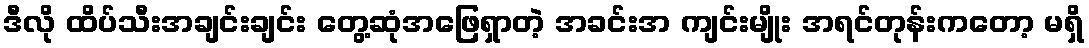
ဒီလို ထိပ်သီးအချင်းချင်း တွေ့ဆုံအဖြေရှာတဲ့ အခင်းအ ကျင်းမျိုး အရင်တုန်းကတော့ မရှိ